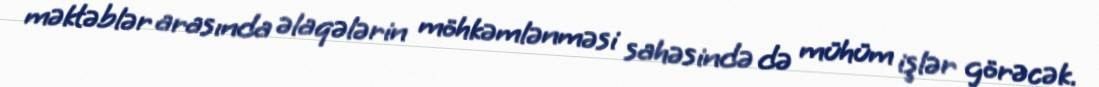
məktəblər arasında əlaqələrin möhkəmlənməsi sahəsində də mühüm işlər görəcək.